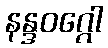
နန္ဒဝဂ္ဂေါ